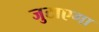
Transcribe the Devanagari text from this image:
जुटाएगा